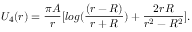
U _ { 4 } ( r ) = \frac { \pi A } { r } [ l o g ( \frac { ( r - R ) } { r + R } ) + \frac { 2 r R } { r ^ { 2 } - R ^ { 2 } } ] .